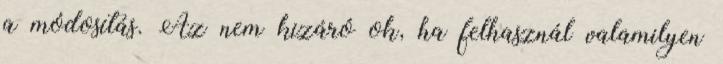
a módosítás. Az nem kizáró ok, ha felhasznál valamilyen